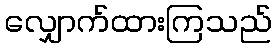
လျှောက်ထားကြသည်